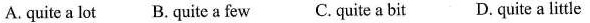
A.quite a lot B.quite a few C. quite a bit D. quite a little